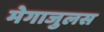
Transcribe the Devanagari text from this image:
मेगाजुलस